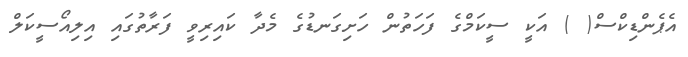
އެޕެންޑިކްސް( ) އަކީ ސީކަމްގެ ފަހަތުން ހަށިގަނޑުގެ މެދާ ކައިރިވީ ފަރާތުގައި އިލިއޯސީކަލް